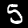
Label: 5